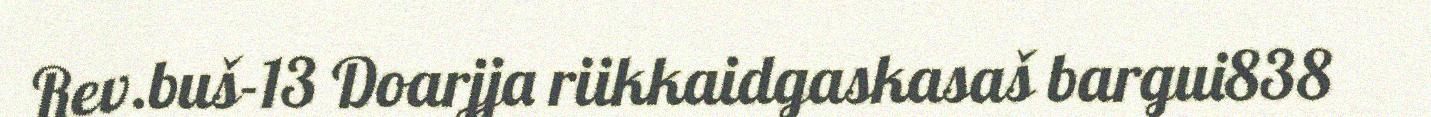
Rev.buš-13 Doarjja riikkaidgaskasaš bargui838